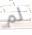
لم